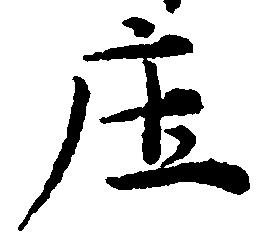
庄